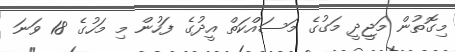
މިގޮތުން މަޖީދީ މަގުގެ މަސައްކަތް އީދުގެ ފަހުން މި މަހުގެ 18 ވަނަ